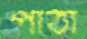
পাঁঠা